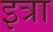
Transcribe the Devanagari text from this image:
इत्रा